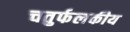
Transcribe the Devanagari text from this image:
चतुर्फलकीय